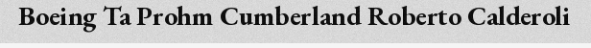
Boeing Ta Prohm Cumberland Roberto Calderoli